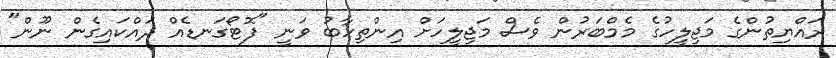
ރައްޔިތުންގެ މަޖިލީހުގެ މެމްބަރުން ވެސް މަޖިލީހަށް އިންތިހާބު ވަނީ "ފޮޓޯގަނޑެއް ދައްކައިގެން ނޫން"